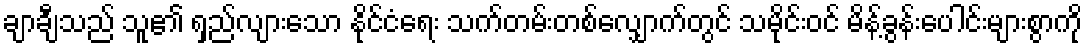
ချာချီသည် သူ၏ ရှည်လျားသော နိုင်ငံရေး သက်တမ်းတစ်လျှောက်တွင် သမိုင်းဝင် မိန့်ခွန်းပေါင်းများစွာကို